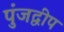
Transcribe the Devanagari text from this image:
पुंजद्वीप